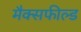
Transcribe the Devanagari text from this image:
मैक्सफील्ड